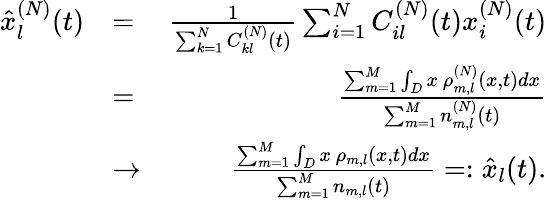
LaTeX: \begin{array}{rlr}{\hat{x}_{l}^{(N)}(t)}&{=}&{\frac{1}{\sum_{k=1}^{N}C_{kl}^{(N)}(t)}\sum_{i=1}^{N}C_{il}^{(N)}(t)x_{i}^{(N)}(t)}\\ &{=}&{\frac{\sum_{m=1}^{M}\int_{D}x\, \rho_{m,l}^{(N)}(x,t)dx}{\sum_{m=1}^{M}n_{m,l}^{(N)}(t)}}\\ &{\rightarrow}&{\frac{\sum_{m=1}^{M}\int_{D}x\, \rho_{m,l}(x,t)dx}{\sum_{m=1}^{M}n_{m,l}(t)}=:\hat{x}_{l}(t).}\end{array}